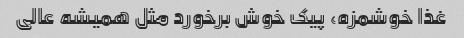
غذا خوشمزه، پیک خوش برخورد مثل همیشه عالی